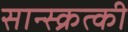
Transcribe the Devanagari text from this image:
सान्स्क्रत्की